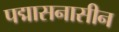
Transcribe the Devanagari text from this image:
पद्मासनासीन